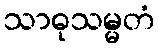
သာဓုသမ္မတံ